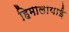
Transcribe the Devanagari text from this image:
हिमालायाई